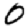
Digit: 0